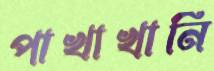
পাখাখানি